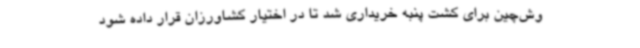
وش‌چین برای کشت پنبه خریداری شد تا در اختیار کشاورزان قرار داده شود